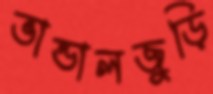
ভান্ডালজুড়ি